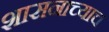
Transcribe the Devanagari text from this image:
शासनाच्याच